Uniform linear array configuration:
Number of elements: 8
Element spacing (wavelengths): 0.25
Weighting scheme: cosine
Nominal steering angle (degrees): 0
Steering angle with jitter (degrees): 0.8322
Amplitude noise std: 0.05
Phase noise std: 0.05

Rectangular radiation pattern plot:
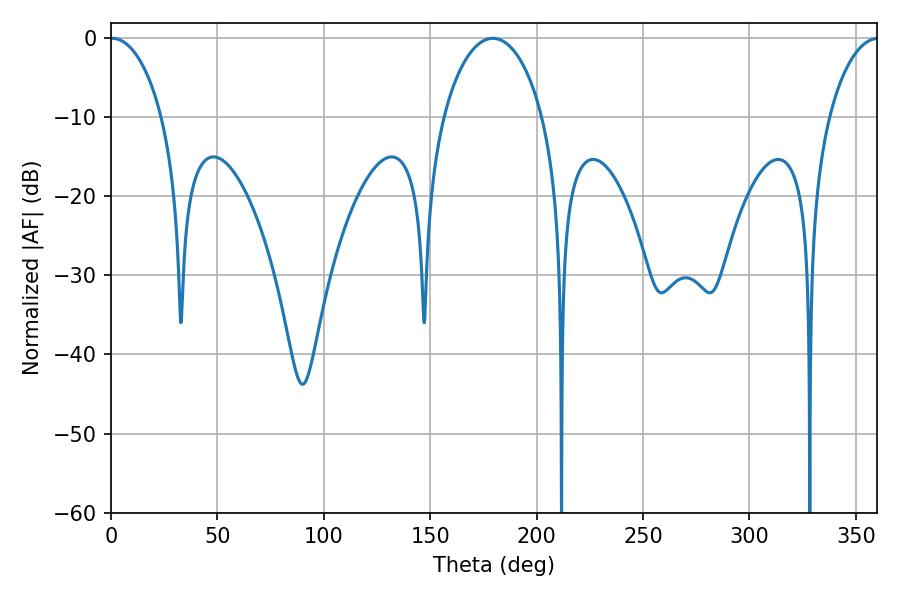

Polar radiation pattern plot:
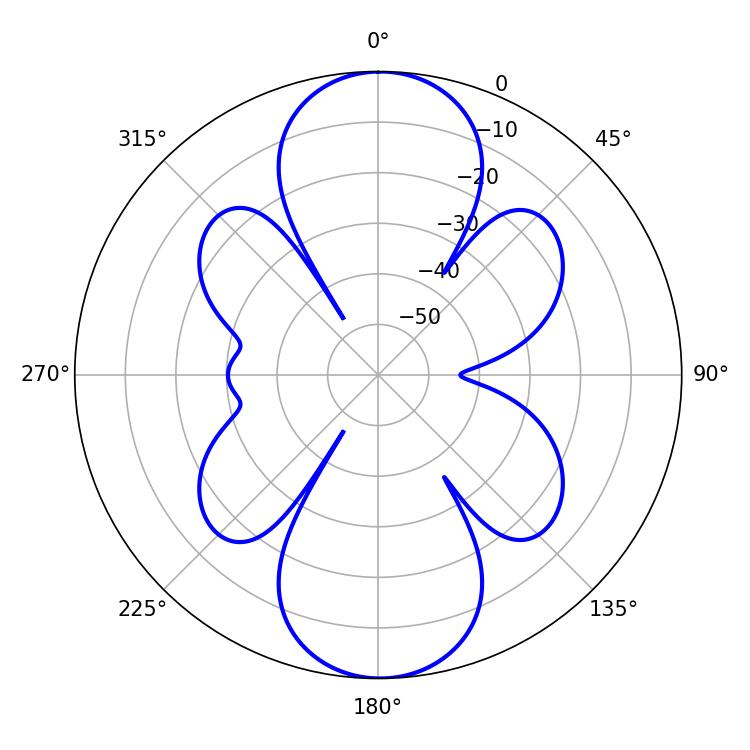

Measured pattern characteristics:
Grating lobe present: FALSE
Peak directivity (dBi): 22.255
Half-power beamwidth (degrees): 13.86
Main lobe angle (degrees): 0.54